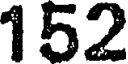
152